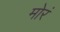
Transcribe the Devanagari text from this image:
मोरं